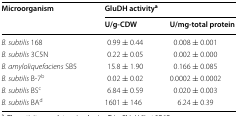
| <ROWSPAN=2> Microorganism | <COLSPAN=2> GluDH activitya |
 | U/g-CDW | U/mg-total protein |
 | --- | --- | --- |
 | B. subtilis 168 | 0.99 ± 0.44 | 0.008 ± 0.001 |
 | B. subtilis 3C5N | 0.22 ± 0.05 | 0.002 ± 0.000 |
 | B. amyloliquefaciens SB5 | 15.8 ± 1.90 | 0.166 ± 0.085 |
 | B. subtilis B-7b | 0.02 ± 0.02 | 0.0002 ± 0.0002 |
 | B. subtilis BSc | 6.84 ± 0.59 | 0.020 ± 0.003 |
 | B. subtilis BAd | 1601 ± 146 | 6.24 ± 0.39 |